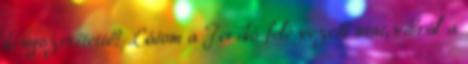
kényszerítette? Látom a Jerikó felé vezető utat, vibrál a